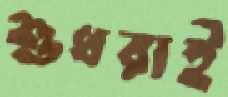
শুধরাই